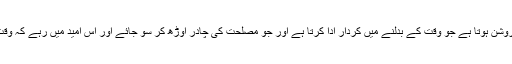
وقت خود بھی بدل جاتا ہے ،لیکن نام اس کا روشن ہوتا ہے جو وقت کے بدلنے میں کردار ادا کرتا ہے اور جو مصلحت کی چادر اوڑھ کر سو جائے اور اس امید میں رہے کہ وقت بدل جائے گا ،اس کو کچھ فائدہ نہیں ہو گا ۔